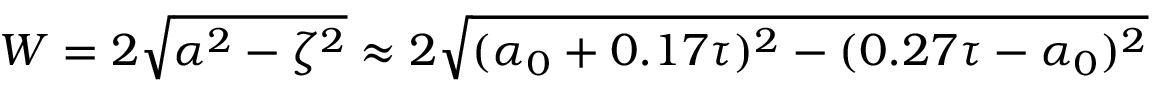
W = 2 \sqrt { \alpha ^ { 2 } - \zeta ^ { 2 } } \approx 2 \sqrt { ( \alpha _ { 0 } + 0 . 1 7 \tau ) ^ { 2 } - ( 0 . 2 7 \tau - \alpha _ { 0 } ) ^ { 2 } }